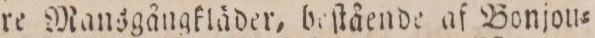
re Mansgångkläder, beſtående af Bonjou=